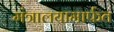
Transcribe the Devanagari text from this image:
मंत्रालयामार्फत